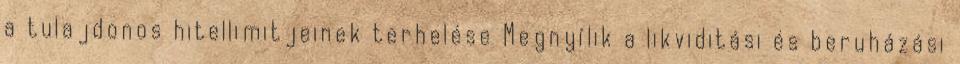
a tulajdonos hitellimitjeinek terhelése Megnyílik a likviditási és beruházási